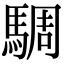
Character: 騆